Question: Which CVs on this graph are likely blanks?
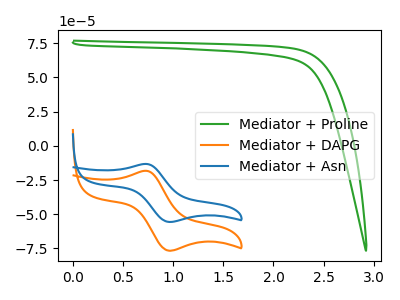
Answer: <think>The green curve "Mediator + Proline" has no peaks. The orange curve "Mediator + DAPG" has an anodic peak at (0.75V, -18.30uA) and a cathodic peak at (0.95V, -76.60uA). The blue curve "Mediator + Asn" has an anodic peak at (0.75V, -13.30uA) and a cathodic peak at (0.95V, -55.60uA).</think>
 <answer>"Mediator + Proline" is likely to be a blank.</answer>
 <eval>Mediator + Proline</eval>